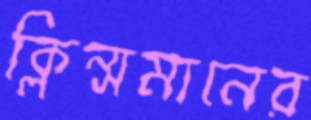
ক্লিন্সমানের